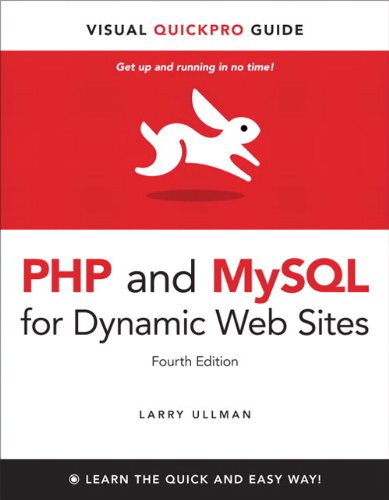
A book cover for PHP and MySQL for Dynamic Web Sites: Visual QuickPro Guide (4th Edition); Larry Ullman; Computers & Technology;